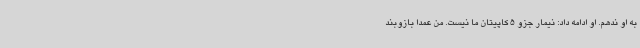
به او ندهم. او ادامه داد: نیمار جزو 5 کاپیتان ما نیست. من عمدا بازوبند